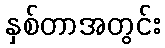
နှစ်တာအတွင်း